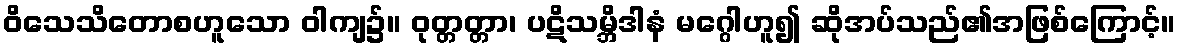
ဝိသေသိတောစဟူသော ဝါကျ၌။ ဝုတ္တတ္တာ၊ ပဋိသမ္ဘိဒါနံ မဂ္ဂေါဟူ၍ ဆိုအပ်သည်၏အဖြစ်ကြောင့်။